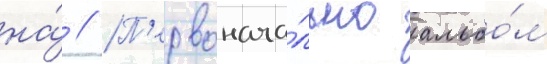
на́ // П'ервонача́льно альбо́м